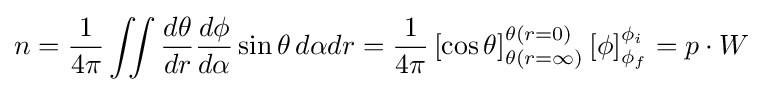
n={\frac {1}{4\pi }}\iint {\frac {d\theta }{dr}}{\frac {d\phi }{d\alpha }}\sin \theta \,d\alpha dr={\frac {1}{4\pi }}\left[\cos \theta \right]_{\theta (r=\infty )}^{\theta (r=0)}\left[\phi \right]_{\phi _{f}}^{\phi _{i}}=p\cdot W